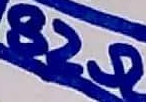
Text: 82Ω